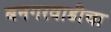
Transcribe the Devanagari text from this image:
बनगरवाडीचा